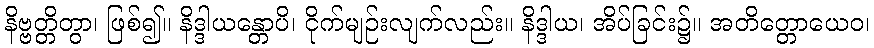
နိဗ္ဗတ္တိတွာ၊ ဖြစ်၍။ နိဒ္ဒါယန္တောပိ၊ ငိုက်မျဉ်းလျက်လည်း။ နိဒ္ဒါယ၊ အိပ်ခြင်း၌။ အတိတ္တောယေဝ၊